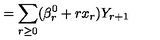
= \sum _ { r \ge 0 } ( \beta _ { r } ^ { 0 } + r x _ { r } ) Y _ { r + 1 }